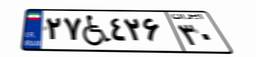
۲۷W۴۲۶۳۰